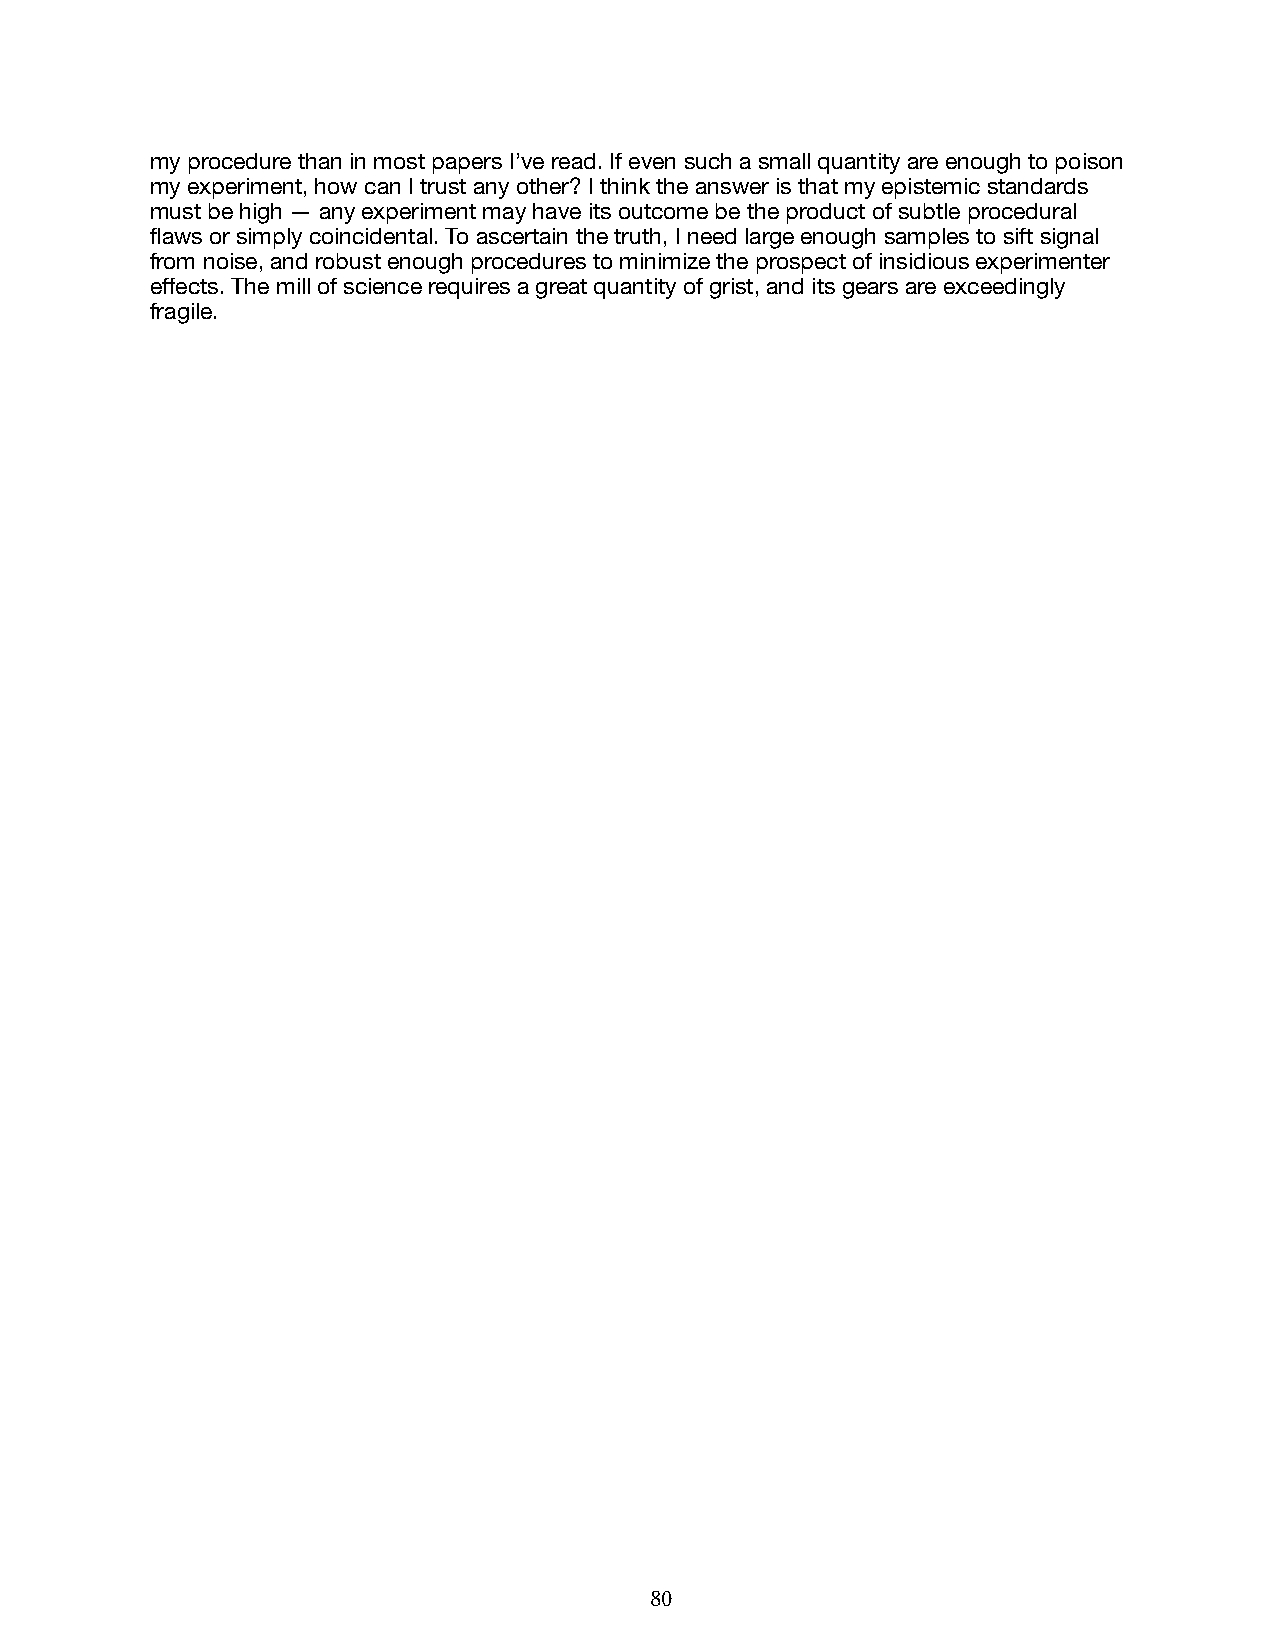
my procedure than in most papers I’ve read. If even such a small quantity are enough to poison
 my experiment, how can I trust any other? I think the answer is that my epistemic standards
 must be high — any experiment may have its outcome be the product of subtle procedural
 flaws or simply coincidental. To ascertain the truth, I need large enough samples to sift signal
 from noise, and robust enough procedures to minimize the prospect of insidious experimenter
 effects. The mill of science requires a great quantity of grist, and its gears are exceedingly
 fragile.
 80